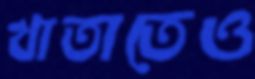
খাতাতেও